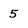
Character: 5